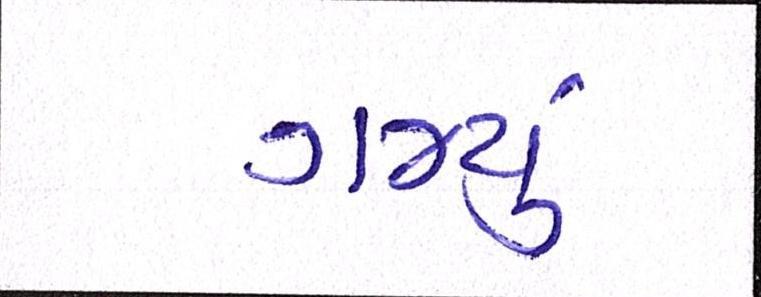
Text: ગમ્યું